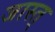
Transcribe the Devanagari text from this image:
जास्त्‌